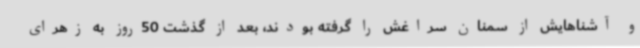
و آشناهایش از سمنان سراغش را گرفته بودند، بعد از گذشت 50روز به زهرای